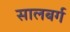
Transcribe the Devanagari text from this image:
सालबर्ग